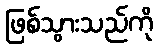
ဖြစ်သွားသည်ကို